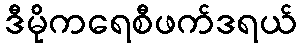
ဒီမိုကရေစီဖက်ဒရယ်